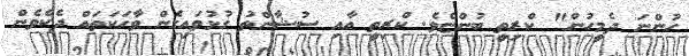
ހުންނަ ދެމީހުން" ކްރިތީ ބުންޏެވެ. ކްރިތީ އާއި ސުޝާންތު ގުޅުވައިގެން ވާހަކަތައް ދެކެވެން